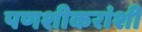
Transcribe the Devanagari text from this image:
पणशीकरांशी